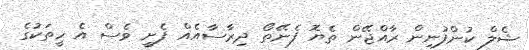
ޝެލް ކުންފުނިން ރާއްޖޭން ތެޔޮ ފެނޭތޯ ދިރާސާއެއް ފެށީ ވެސް އެ ހީތަކުގެ